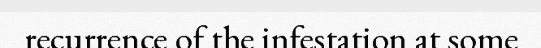
recurrence of the infestation at some